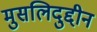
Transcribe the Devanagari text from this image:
मुसलिदुद्दीन